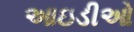
આઇડીઓ